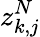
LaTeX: z_{k,j}^{N}